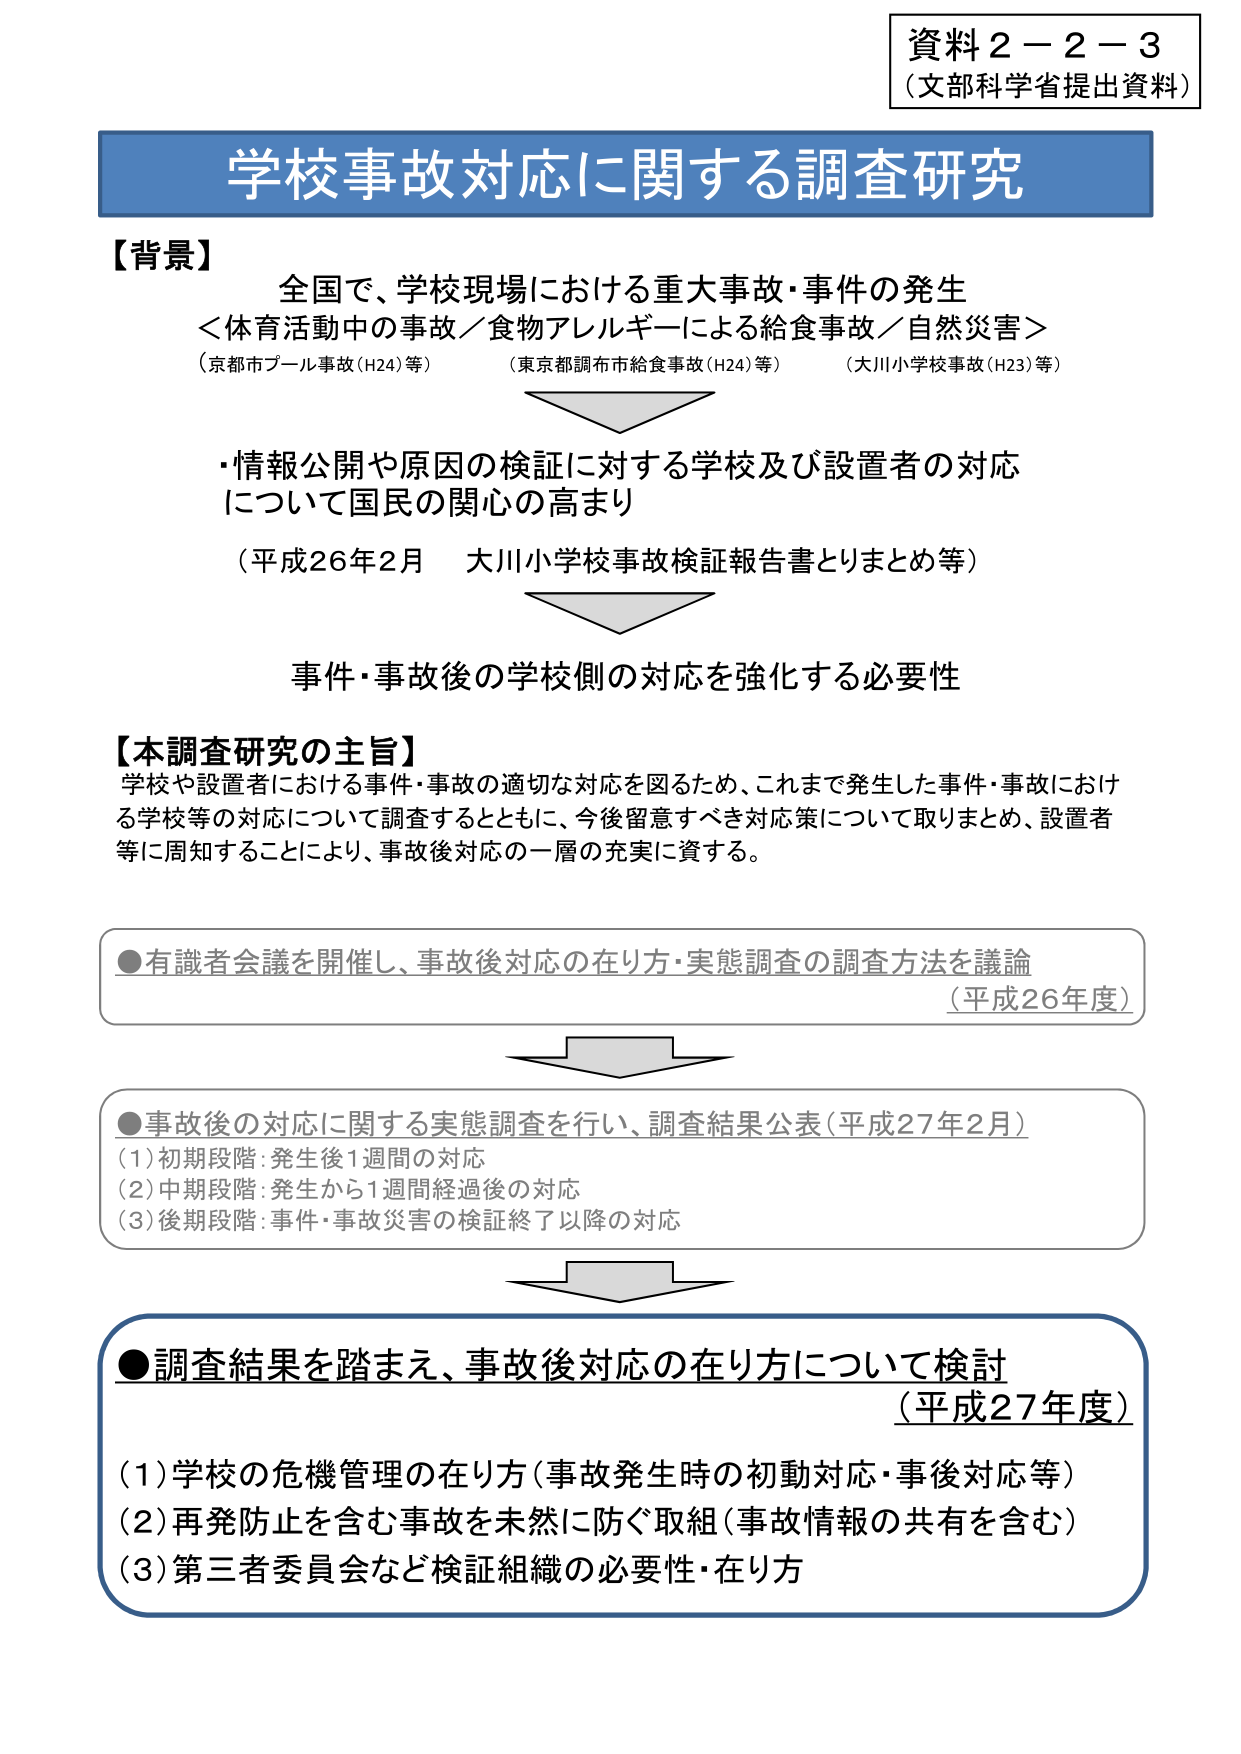
資料２－２－３
（文部科学省提出資料）

学校事故対応に関する調査研究

【背景】
全国で、学校現場における重大事故・事件の発生
＜体育活動中の事故／食物アレルギーによる給食事故／自然災害＞
（京都市プール事故（H24）等）　（東京都調布市給食事故（H24）等）　（大川小学校事故（H23）等）

・情報公開や原因の検証に対する学校及び設置者の対応
について国民の関心の高まり
（平成26年2月　大川小学校事故検証報告書とりまとめ等）

事件・事故後の学校側の対応を強化する必要性

【本調査研究の主旨】
学校や設置者における事件・事故の適切な対応を図るため、これまで発生した事件・事故における学校等の対応について調査するとともに、今後留意すべき対応策について取りまとめ、設置者等に周知することにより、事故後対応の一層の充実に資する。

●有識者会議を開催し、事故後対応の在り方・実態調査の調査方法を議論
（平成26年度）

●事故後の対応に関する実態調査を行い、調査結果公表（平成27年2月）
（1）初期段階：発生後1週間の対応
（2）中期段階：発生から1週間経過後の対応
（3）後期段階：事件・事故災害の検証終了以降の対応

●調査結果を踏まえ、事故後対応の在り方について検討
（平成27年度）
（1）学校の危機管理の在り方（事故発生時の初動対応・事後対応等）
（2）再発防止を含む事故を未然に防ぐ取組（事故情報の共有を含む）
（3）第三者委員会など検証組織の必要性・在り方